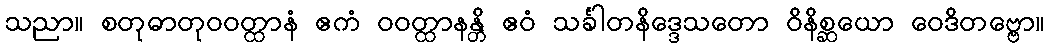
သညာ။ စတုဓာတုဝဝတ္ထာနံ ဧကံ ဝဝတ္ထာနန္တိ ဧဝံ သင်္ခါတနိဒ္ဒေသတော ဝိနိစ္ဆယော ဝေဒိတဗ္ဗော။